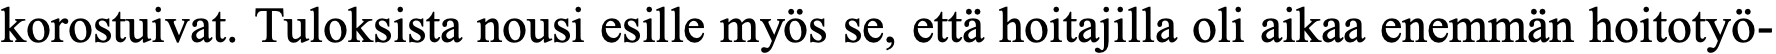
korostuivat. Tuloksista nousi esille myös se, että hoitajilla oli aikaa enemmän hoitotyö-